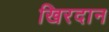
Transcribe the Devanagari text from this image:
खिरदान